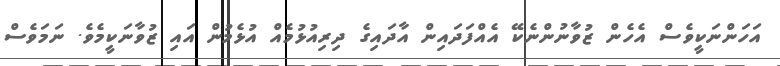
އަހަންނަކީވެސް އެހެން ޒުވާނުންނެކޭ އެއްފަދައިން އާދައިގެ ދިރިއުޅުމެއް އުޅެމުން އައި ޒުވާނަކީމެވެ. ނަމަވެސް